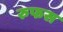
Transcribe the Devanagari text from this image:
रुफस